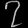
Digit: ၇